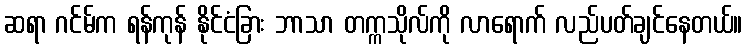
ဆရာ ဂင်မ်က ရန်ကုန် နိုင်ငံခြား ဘာသာ တက္ကသိုလ်ကို လာရောက် လည်ပတ်ချင်နေတယ်။